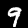
Label: 9